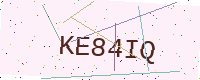
Text: KE84IQ